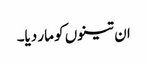
ان تینوں کو مار دیا۔